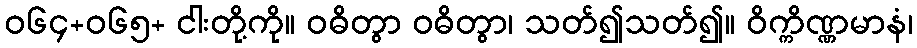
ဝ၆၄+၀၆၅+ ငါးတို့ကို။ ဝဓိတွာ ဝဓိတွာ၊ သတ်၍သတ်၍။ ဝိက္ကိဏ္ဏမာနံ၊